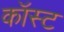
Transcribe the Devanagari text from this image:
कॉस्‍ट